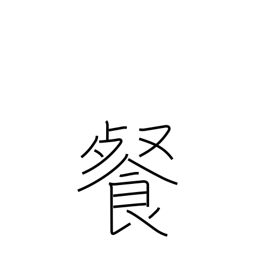
Meaning: swallow